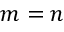
m = n